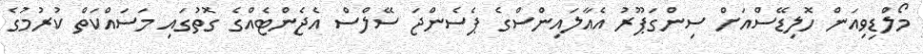
މޯލްޑިވިއަން ހޮލިޑޭސްއަށް ސިންގަޕޫރު އެއާލައިންސްގެ ޕެސެންޖަ ސޭލްސް އެޖެންޓެއްގެ ގޮތުގައި މަސައްކަތް ކުރުމުގެ